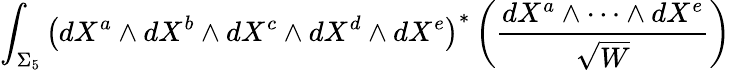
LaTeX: \int_{\Sigma_{5}}\left(dX^{a}\wedge{d}X^{b}\wedge{d}X^{c}\wedge{d}X^{d}\wedge{d}X^{e}\right)^{\ast}\left(\frac{dX^{a}\wedge\cdots\wedge{d}X^{e}}{\sqrt{W}}\right)